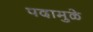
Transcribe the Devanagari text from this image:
पदामुळे